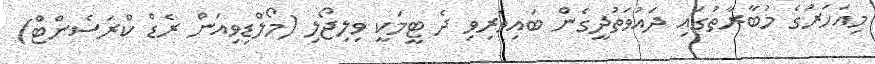
މިއަހަރުގެ މުބާރާތުގައި ދައުވަތުދީގެން ބައިވެރިވި ދެ ޓީމަކީ ވިލިޖޯލި (މޯލްޑިވިއަން ރެޑް ކްރަސެންޓް)